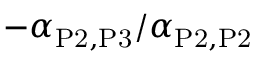
- \alpha _ { \mathrm { P 2 } , \mathrm { P 3 } } / \alpha _ { \mathrm { P 2 } , \mathrm { P 2 } }